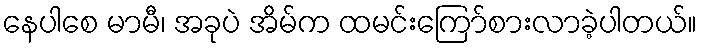
နေပါစေ မာမီ၊ အခုပဲ အိမ်က ထမင်းကြော်စားလာခဲ့ပါတယ်။